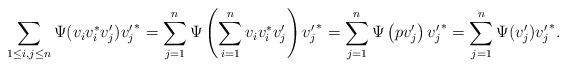
LaTeX: \begin{align*}\sum_{1\leq i, j\leq n} \Psi(v_iv_i^*v'_j){v'_j}^*= \sum_{j=1}^n \Psi\left(\sum_{i=1}^n v_iv_i^*v'_j\right){v'_j}^*= \sum_{j=1}^n \Psi\left(pv'_j\right){v'_j}^*= \sum_{j=1}^n \Psi(v'_j){v'_j}^*.\end{align*}